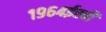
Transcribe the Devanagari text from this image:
१९६४ईस्वी